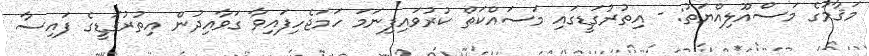
މަޤާމުގެ މަސްއޫލިއްޔަތު: - އިތުރުގަޑީގައި މަސައްކަތް ކުރުވައިފިނަމަ ހަމަޖެހިފައިވާ ގަވާއިދުން އިތުރުގަޑީގެ ފައިސާ